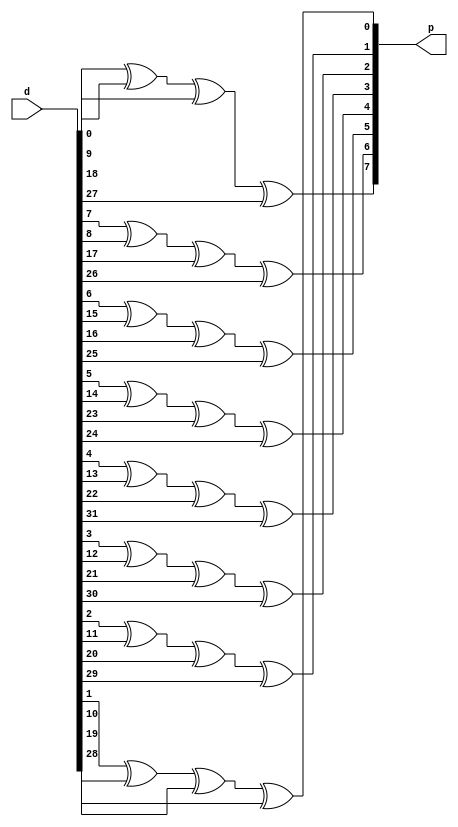
// (C) 2001-2016 Altera Corporation. All rights reserved.
// Your use of Altera Corporation's design tools, logic functions and other 
// software and tools, and its AMPP partner logic functions, and any output 
// files any of the foregoing (including device programming or simulation 
// files), and any associated documentation or information are expressly subject 
// to the terms and conditions of the Altera Program License Subscription 
// Agreement, Altera MegaCore Function License Agreement, or other applicable 
// license agreement, including, without limitation, that your use is for the 
// sole purpose of programming logic devices manufactured by Altera and sold by 
// Altera or its authorized distributors.  Please refer to the applicable 
// agreement for further details.


// $Id: $
// $Revision: $
// $Date: $
// $Author: $
//-----------------------------------------------------------------------------

`timescale 1 ps / 1 ps

// Copyright 2012 Altera Corporation. All rights reserved.  
// Altera products are protected under numerous U.S. and foreign patents, 
// maskwork rights, copyrights and other intellectual property laws.  
//
// This reference design file, and your use thereof, is subject to and governed
// by the terms and conditions of the applicable Altera Reference Design 
// License Agreement (either as signed by you or found at www.altera.com).  By
// using this reference design file, you indicate your acceptance of such terms
// and conditions between you and Altera Corporation.  In the event that you do
// not agree with such terms and conditions, you may not use the reference 
// design file and please promptly destroy any copies you have made.
//
// This reference design file is being provided on an "as-is" basis and as an 
// accommodation and therefore all warranties, representations or guarantees of 
// any kind (whether express, implied or statutory) including, without 
// limitation, warranties of merchantability, non-infringement, or fitness for
// a particular purpose, are specifically disclaimed.  By making this reference
// design file available, Altera expressly does not recommend, suggest or 
// require that this reference design file be used in combination with any 
// other product not provided by Altera.
/////////////////////////////////////////////////////////////////////////////

// baeckler - 02-21-2012

module dip8_32 (
	input [31:0] d,
	output [7:0] p
);

// grid
// 31 30 29 28 27 26 25 24
// 23 22 21 20 19 18 17 16
// 15 14 13 12 11 10 09 08
// 07 06 05 04 03 02 01 00
// p7 p6 p5 p4 p3 p2 p1 p0

assign p[7] = d[0] ^ d[9] ^ d[18] ^ d[27];
assign p[6] = d[7] ^ d[8] ^ d[17] ^ d[26];
assign p[5] = d[6] ^ d[15] ^ d[16] ^ d[25];
assign p[4] = d[5] ^ d[14] ^ d[23] ^ d[24];
assign p[3] = d[4] ^ d[13] ^ d[22] ^ d[31];
assign p[2] = d[3] ^ d[12] ^ d[21] ^ d[30];
assign p[1] = d[2] ^ d[11] ^ d[20] ^ d[29];
assign p[0] = d[1] ^ d[10] ^ d[19] ^ d[28];

// C
//p = (((d>>0) ^ (d>>9) ^ (d>>18) ^ (d>>27)) & 1);
//p = (p<<1) | (((d>>7) ^ (d>>8) ^ (d>>17) ^ (d>>26)) & 1);
//p = (p<<1) | (((d>>6) ^ (d>>15) ^ (d>>16) ^ (d>>25)) & 1);
//p = (p<<1) | (((d>>5) ^ (d>>14) ^ (d>>23) ^ (d>>24)) & 1);
//p = (p<<1) | (((d>>4) ^ (d>>13) ^ (d>>22) ^ (d>>31)) & 1);
//p = (p<<1) | (((d>>3) ^ (d>>12) ^ (d>>21) ^ (d>>30)) & 1);
//p = (p<<1) | (((d>>2) ^ (d>>11) ^ (d>>20) ^ (d>>29)) & 1);
//p = (p<<1) | (((d>>1) ^ (d>>10) ^ (d>>19) ^ (d>>28)) & 1);

endmodule

// BENCHMARK INFO :  5SGXEA7N2F45C2
// BENCHMARK INFO :  Max depth :  1.0 LUTs
// BENCHMARK INFO :  Total registers : 0
// BENCHMARK INFO :  Total pins : 40
// BENCHMARK INFO :  Total virtual pins : 0
// BENCHMARK INFO :  Total block memory bits : 0
// BENCHMARK INFO :  Comb ALUTs :                         ; 9               ;       ;
// BENCHMARK INFO :  ALMs : 5 / 234,720 ( < 1 % )